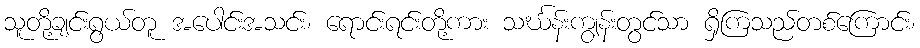
သူတို့ချင်းရွယ်တူ အပေါင်းအသင်း၊ ရောင်းရင်းတို့ကား သင်္ဃန်းကျွန်းတွင်သာ ရှိကြသည်တစ်ကြောင်း၊